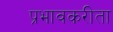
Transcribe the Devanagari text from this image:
प्रभावकरीता